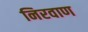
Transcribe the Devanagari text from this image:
निरवाण